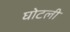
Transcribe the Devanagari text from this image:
घोटली